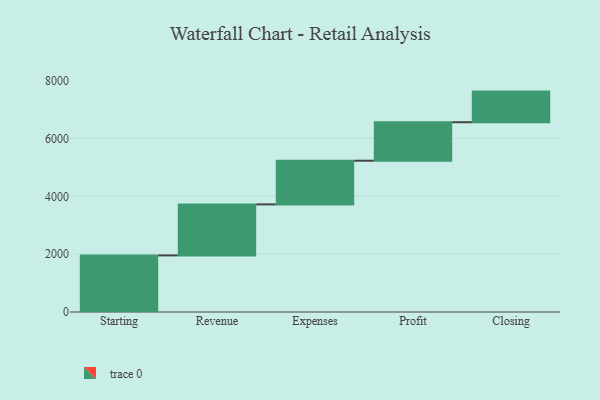
{"axis": {"x": "Step", "y": "Value"}, "legend": [""], "data": [{"x": "Starting", "y": 1957.0, "type": ""}, {"x": "Revenue", "y": 1764.0, "type": ""}, {"x": "Expenses", "y": 1511.0, "type": ""}, {"x": "Profit", "y": 1331.0, "type": ""}, {"x": "Closing", "y": 1059.0, "type": ""}]}